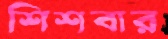
শিশবার